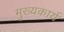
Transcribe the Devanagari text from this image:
मुख्यकार्य